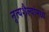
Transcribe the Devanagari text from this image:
नृत्यशैल्यांमध्ये